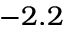
- 2 . 2